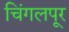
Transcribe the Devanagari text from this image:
चिंगलपूर